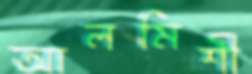
আলমিশী